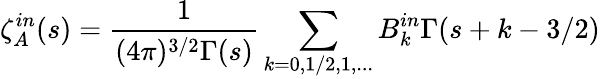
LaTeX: \zeta_{A}^{in}(s)=\frac{1}{(4\pi)^{3/2}\Gamma(s)}\sum_{k=0,1/2,1,...}B_{k}^{in}\Gamma(s+k-3/2)